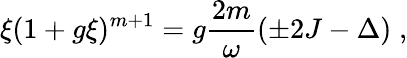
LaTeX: \xi(1+g\xi)^{m+1}=g\frac{2m}{\omega}(\pm 2J-\Delta)\; ,